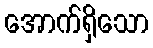
အောက်ရှိသော